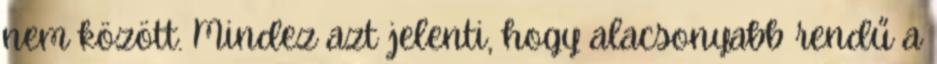
nem között. Mindez azt jelenti, hogy alacsonyabb rendű a